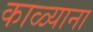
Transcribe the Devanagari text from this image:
काळ्याना